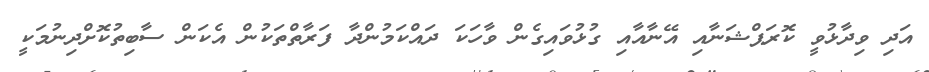
އަދި ވިދާޅުވީ ކޮރަޕްޝަނާއި އޭނާއާއި ގުޅުވައިގެން ވާހަކަ ދައްކަމުންދާ ފަރާތްތަކުން އެކަން ސާބިތުކޮށްދިނުމަކީ